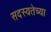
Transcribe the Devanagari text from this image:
सदस्यतेच्या